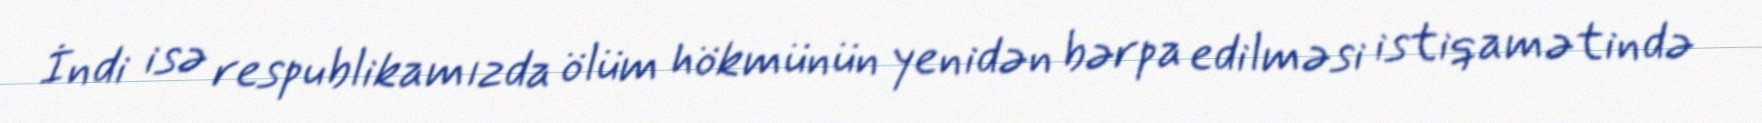
İndi isə respublikamızda ölüm hökmünün yenidən bərpa edilməsi istiqamətində